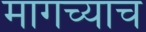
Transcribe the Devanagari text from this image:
मागच्याच